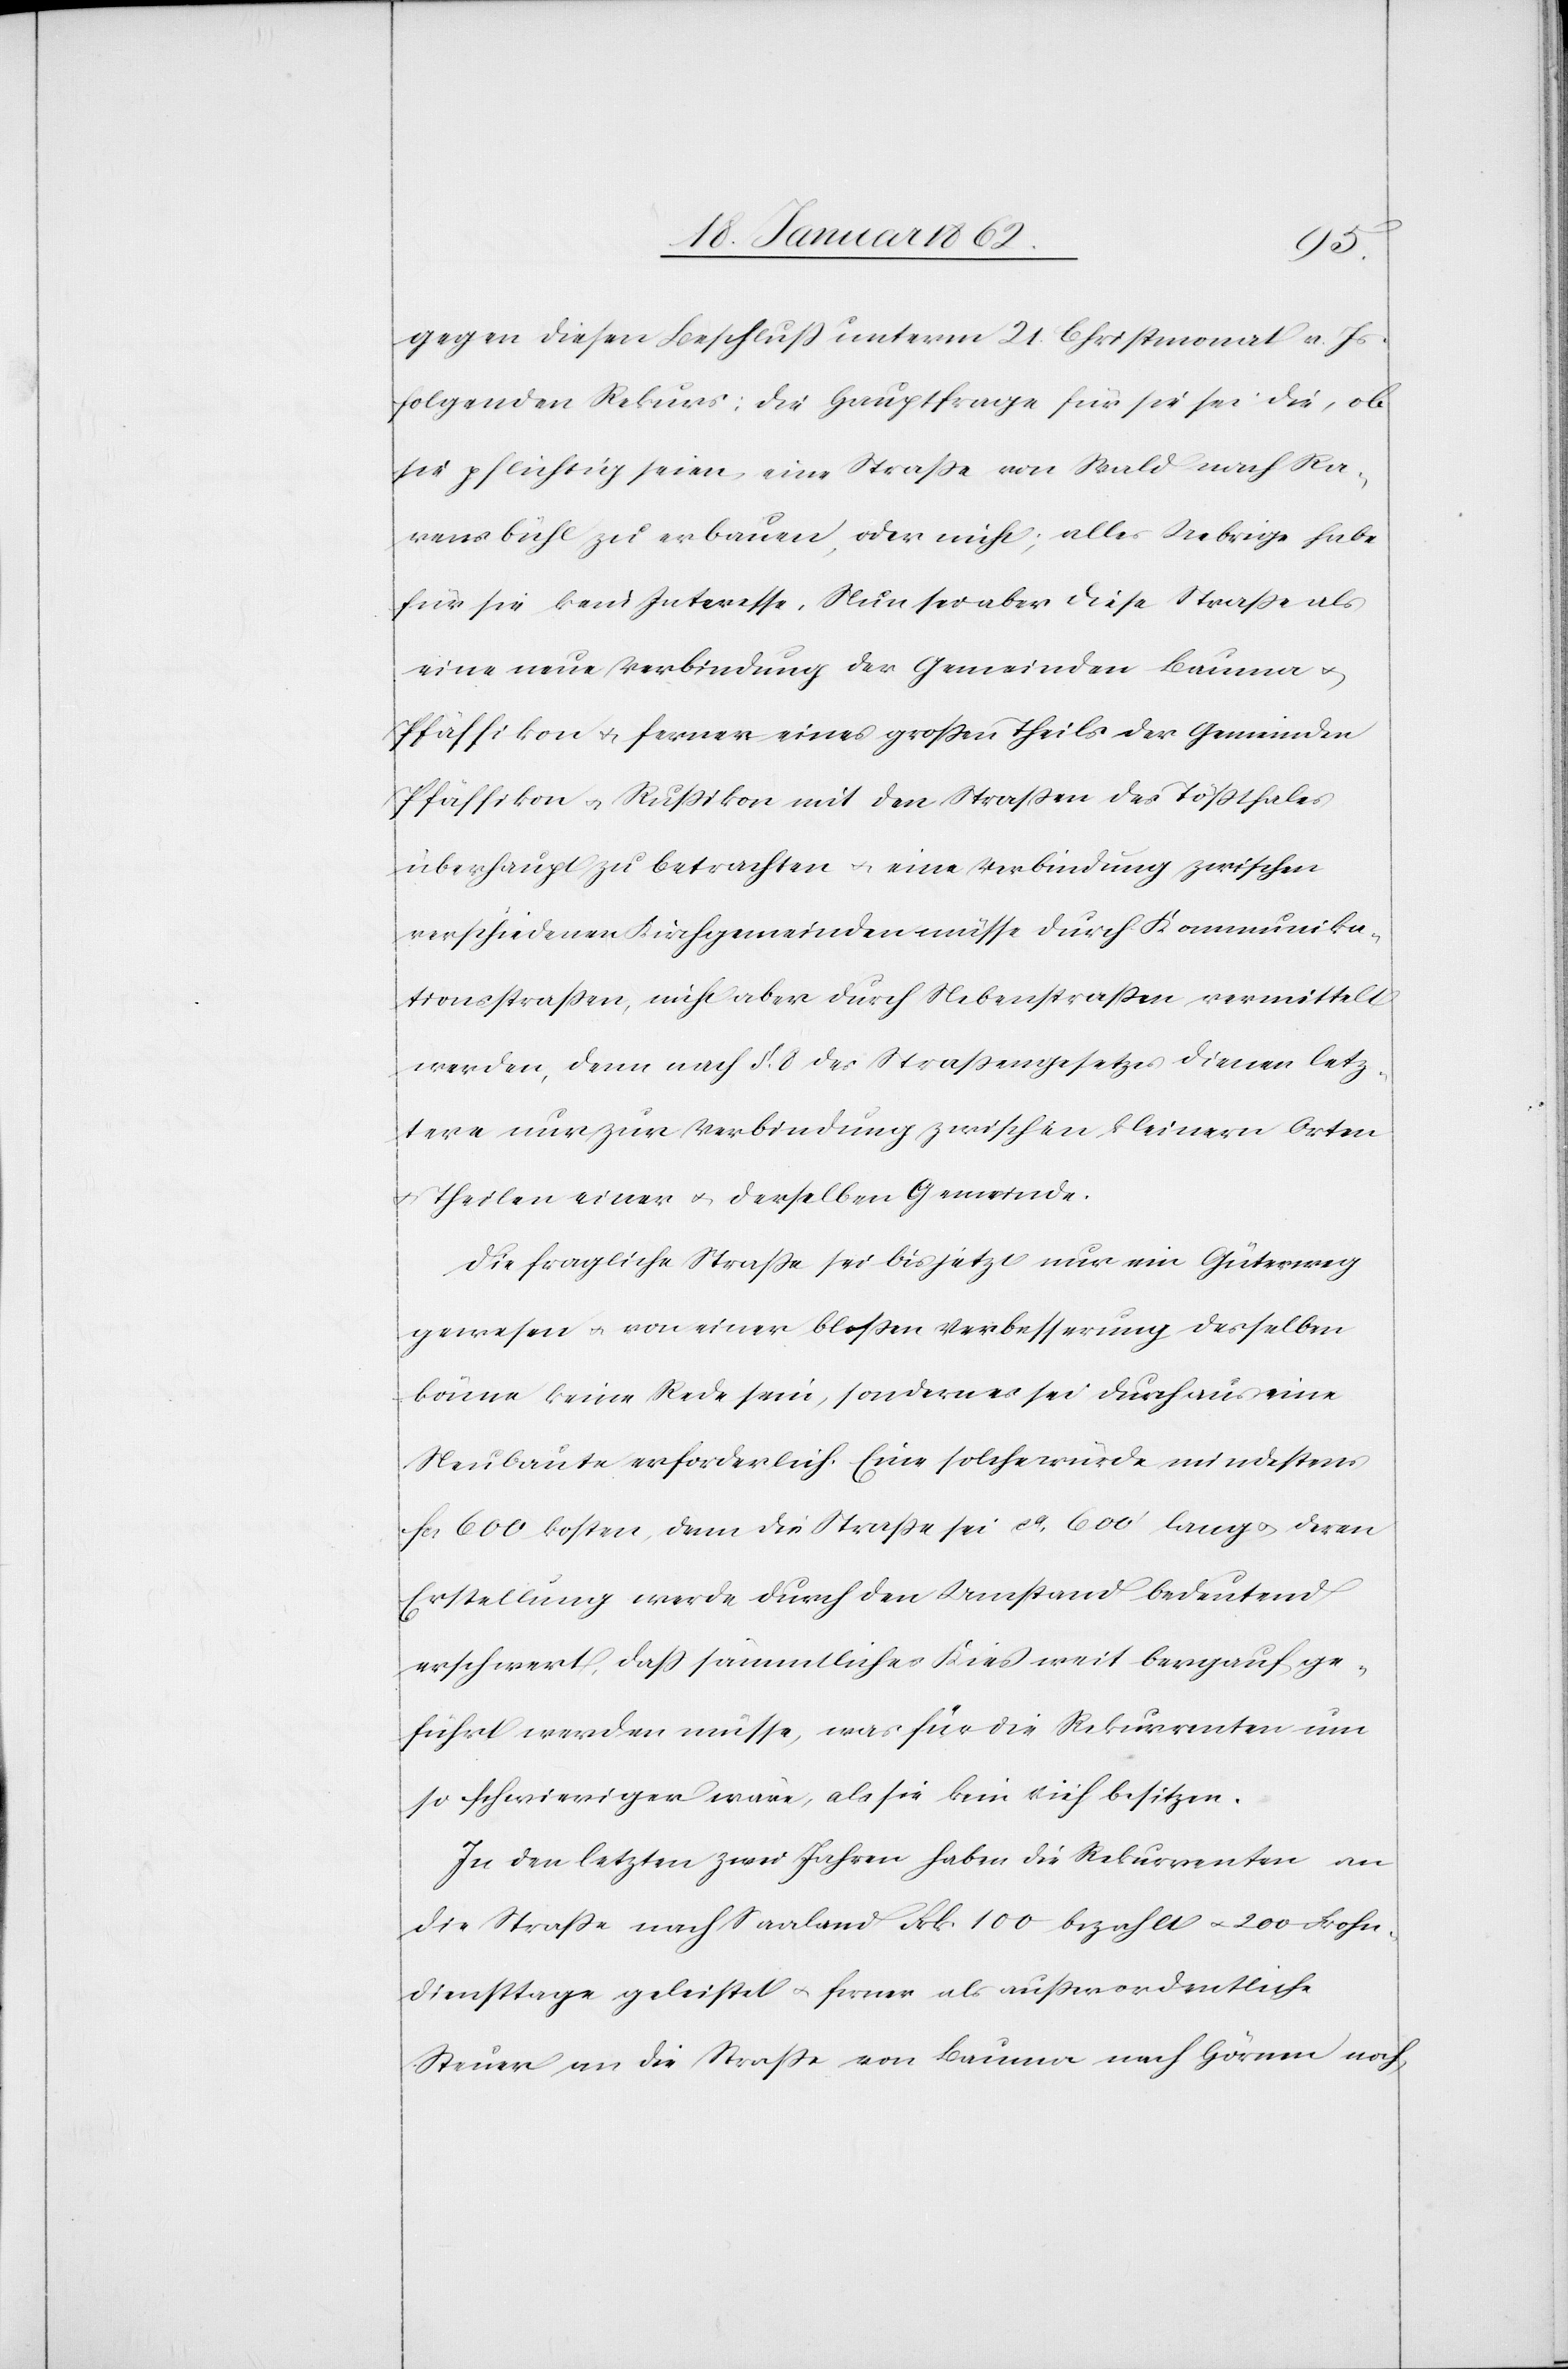
gegen diesen Beschluß unterm 21. Christmonat v. Js.
folgenden Rekurs: Die Hauptfrage für sie sei die, ob
sie pflichtig seien, eine Straße von Wald nach Ra¬
vensbühl zu erbauen, oder nicht; alles Uebrige habe
für sie kein Interesse. Nun sei aber diese Straße als
eine neue Verbindung der Gemeinden Bauma u.
Pfäffikon u. ferner eines großen Theils der Gemeinden
Pfäffikon u. Rußikon mit den Straßen des Tößthales
überhaupt zu betrachten u. eine Verbindung zwischen
verschiedenen Kirchgemeinden müsse durch Kommunika¬
tionsstraßen, nicht aber durch Nebenstraßen vermittelt
werden, denn nach §. 8 des Straßengesetzes dienen letz¬
tere nur zur Verbindung zwischen kleinern Orten
u. Theilen einer u. derselben Gemeinde.
Die fragliche Straße sei bis jetzt nur ein Güterweg
gewesen u. von einer bloßen Verbesserung desselben
könne keine Rede sein, sondern es sei durchaus eine
Neubaute erforderlich. Eine solche würde mindestens
fcs 600 kosten, denn die Straße sei ca. 600’ lang u. deren
Erstellung werde durch den Umstand bedeutend
erschwert, daß sämmtliches Kies weit bergauf ge¬
führt werden müsse, was für die Rekurrenten um
so schwieriger wäre, als sie kein Vieh besitzen.
In den letzten zwei Jahren haben die Rekurrenten an
die Straße nach Saaland Frk. 100 bezahlt u. 200 Frohn¬
diensttage geleistet u. ferner als außerordentliche
Steuer an die Straße von Bauma nach Hörnen noch